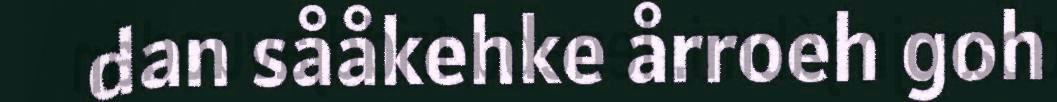
dan sååkehke årroeh goh